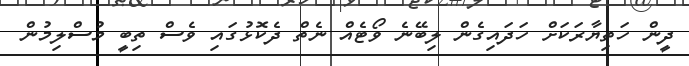
ދީން ހަތިޔާރަކަށް ހަދައިގެން ލިބޭނެ ވޯޓެއް ނެތް ދެކޮޅުގައި ވެސް ތިބީ މުސްލިމުން